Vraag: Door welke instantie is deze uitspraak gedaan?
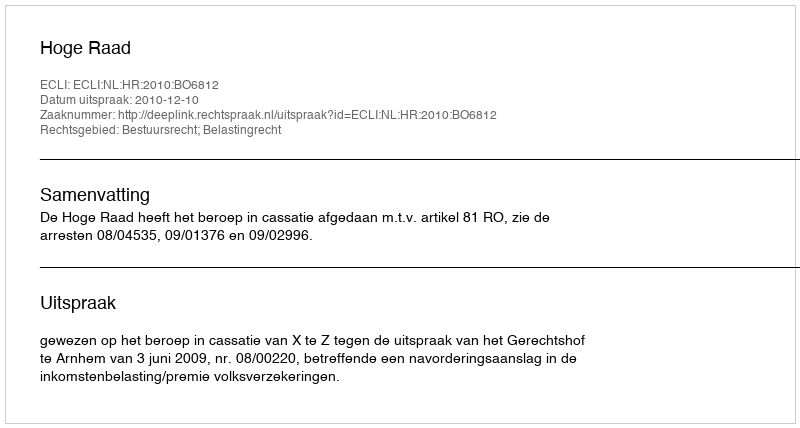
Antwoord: Hoge Raad